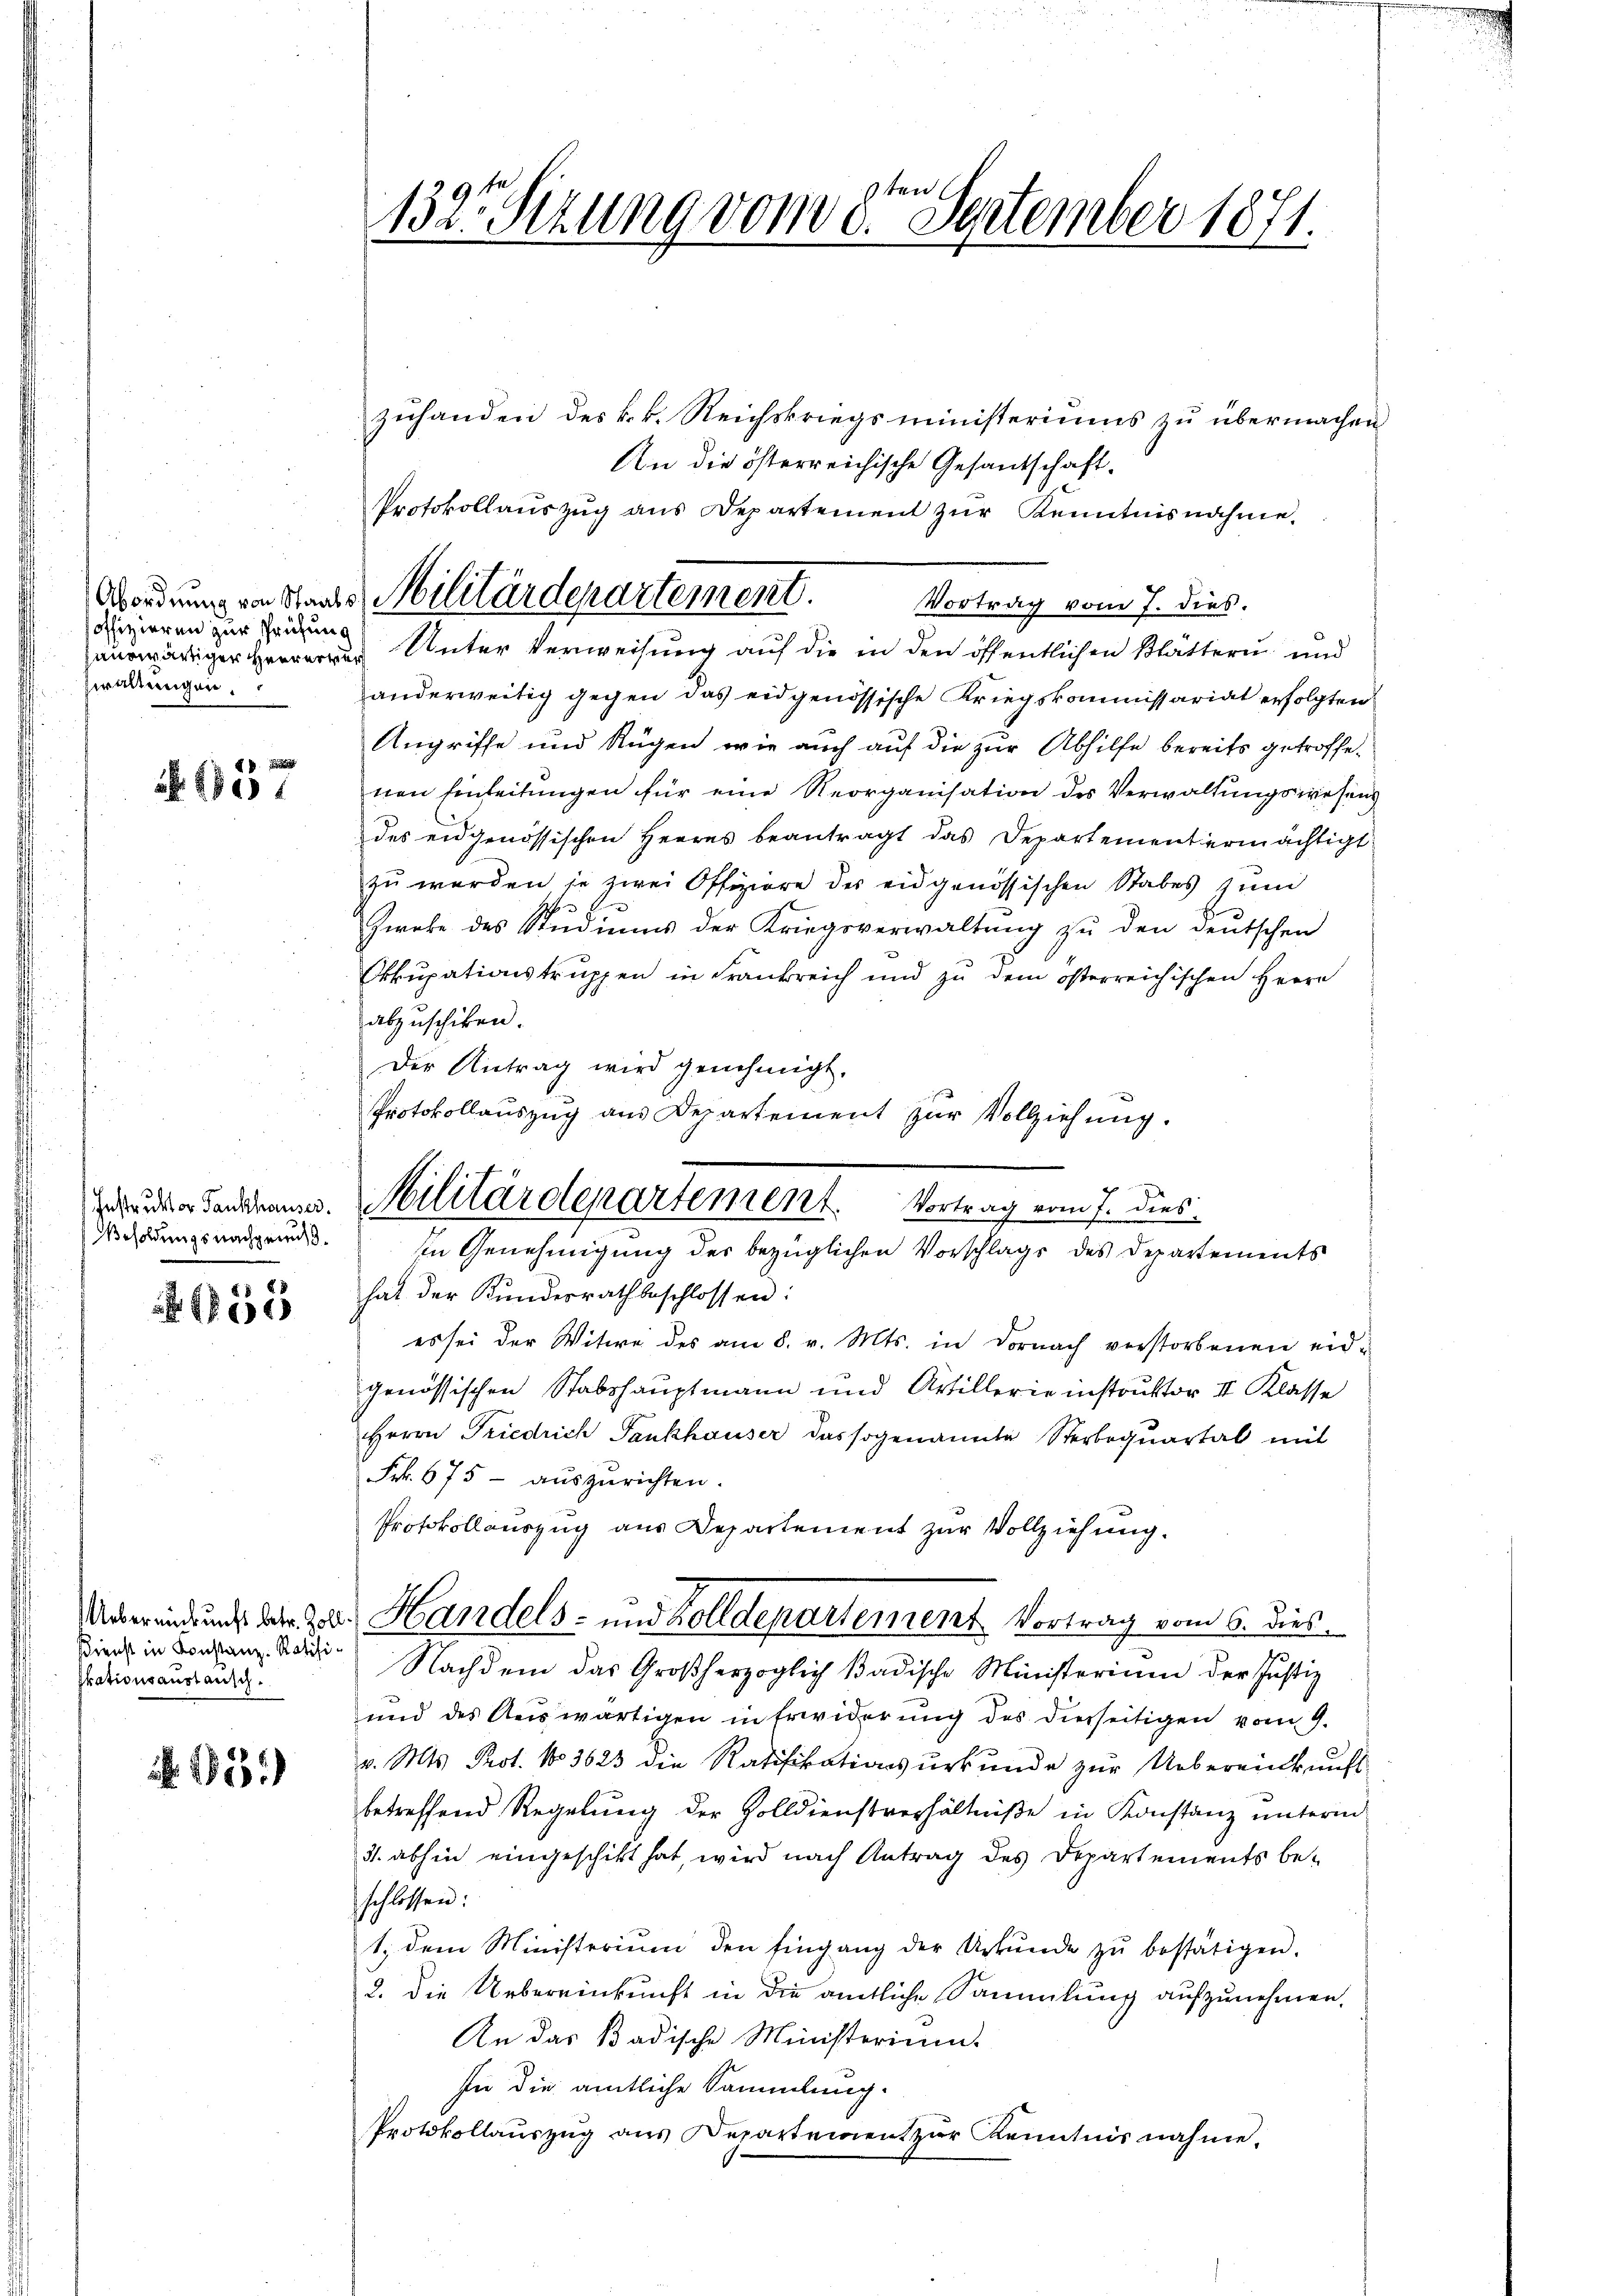
soffizieren zur Prüfung
wälternigen,

880

Besoldungsnachgewiß.

55

Dienst in Konstanz. Ratifiskationsanstausch.

.15)

sten
132. Sizung vom 8. September 1871.

zuhanden des k.k. Reichskriegsministeriums zu übermachen,
An die österreichische Gesandschaft.
Protokollaŭszŭg ans Departement zŭr Kenntnisnahme.
Vortrag vom 7. dies.
nwärtiger Herr Unter Verweisung auf die in den öffentlichen Blättern und
anderweitig gegen das eidgenössische Kriegskommissariat erfolgten
Angriffe und Rügen, wie auch auf die zur Abhilfe bereits getroffenen Einleitungen für eine Reorganisation des Verwaltungswesens
des eidgenössischen Herres beantragt das Departement ermächtigt
zŭ werden je zwei Offiziere des eidgenössischen Stabes zum
Zweke des Studiums der Kriegsverwaltung zu den deutschen
Okkupationstruppen in Frankreich und zu dem österreichischen Herrn
abzuschiken.
Der Antrag wird genehmigt.
Protokollauszug aus Departement zur Vollziehung.
In Genehmigung des bezüglichen Vorschlags des Departements
hat der Kundesrath beschlossen:
es sei der Witwe des am 8. v. Mts. in Dornach verstorbenen eidgenössischen Stabshauptmann und Artillerie instruktor II Klasse
Herrn Friedrich Fankhauser das sogenannte Sterbequartal mit
Frk. 675 - auszurichten.
Protokollauszug aus Departement zur Vollziehung.
Ueberein und das Zur Handels- und Zolldepartement. Vortrag vom 6. dies
Nachdem das Großherzoglich badische Ministerium der Justiz
und des Auswärtigen in Erwiderung des dierseitigen vom 9.
v. Mts. Prot. No 3623 die Ratifikationsurkunde zur Uebereinkunft
betreffend Regelung der Zolldienstverhältniße in Konstanz unterm
31. abhin eingeschickt hat, wird nach Antrag des Departements be-
schlossen:
1. dem Ministerium den Eingang der Urkunde zŭ bestätigen.
2. Die Uebereinkunft in die amtliche Sammlung aufzunehmen.
An das Badische Ministerium
In die amtliche Sammlung.
Protokollaŭszŭg ans Departement zŭr Kenntnis nahme.

Abordnung an Staats Militärdepartement.

grunden Sandame. Militärdepartement. Vortrag vom 7. dies